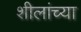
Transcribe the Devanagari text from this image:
शीलांच्या